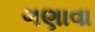
ગણાવા